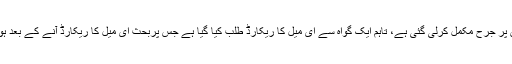
8گھنٹے طویل سماعت کے دوران دو گواہان کے بیان قلمبند کرنے کے بعد ان پر جرح مکمل کرلی گئی ہے، تاہم ایک گواہ سے ای میل کا ریکارڈ طلب کیا گیا ہے جس پربحث ای میل کا ریکارڈ آنے کے بعد ہوگی، عدالت نے مقدمہ کے چوتھے گواہ کو16اکتوبرکے روز طلب کرلیا ہے۔